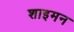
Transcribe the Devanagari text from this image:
शाइमन